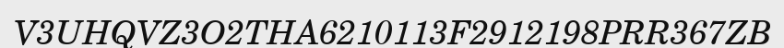
V3UHQVZ3O2THA6210113F2912198PRR367ZB